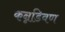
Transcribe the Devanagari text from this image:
कन्नडिवण